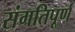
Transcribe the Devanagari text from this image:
संगतिपूर्ण